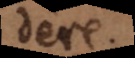
dere.